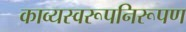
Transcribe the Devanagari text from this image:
काव्यस्वरूपनिरूपण